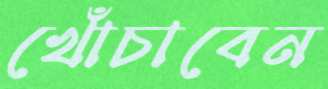
খোঁচাবেন